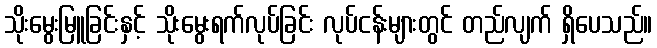
သိုးမွေးမြူခြင်းနှင့် သိုးမွေးရက်လုပ်ခြင်း လုပ်ငန်းများတွင် တည်လျက် ရှိပေသည်။